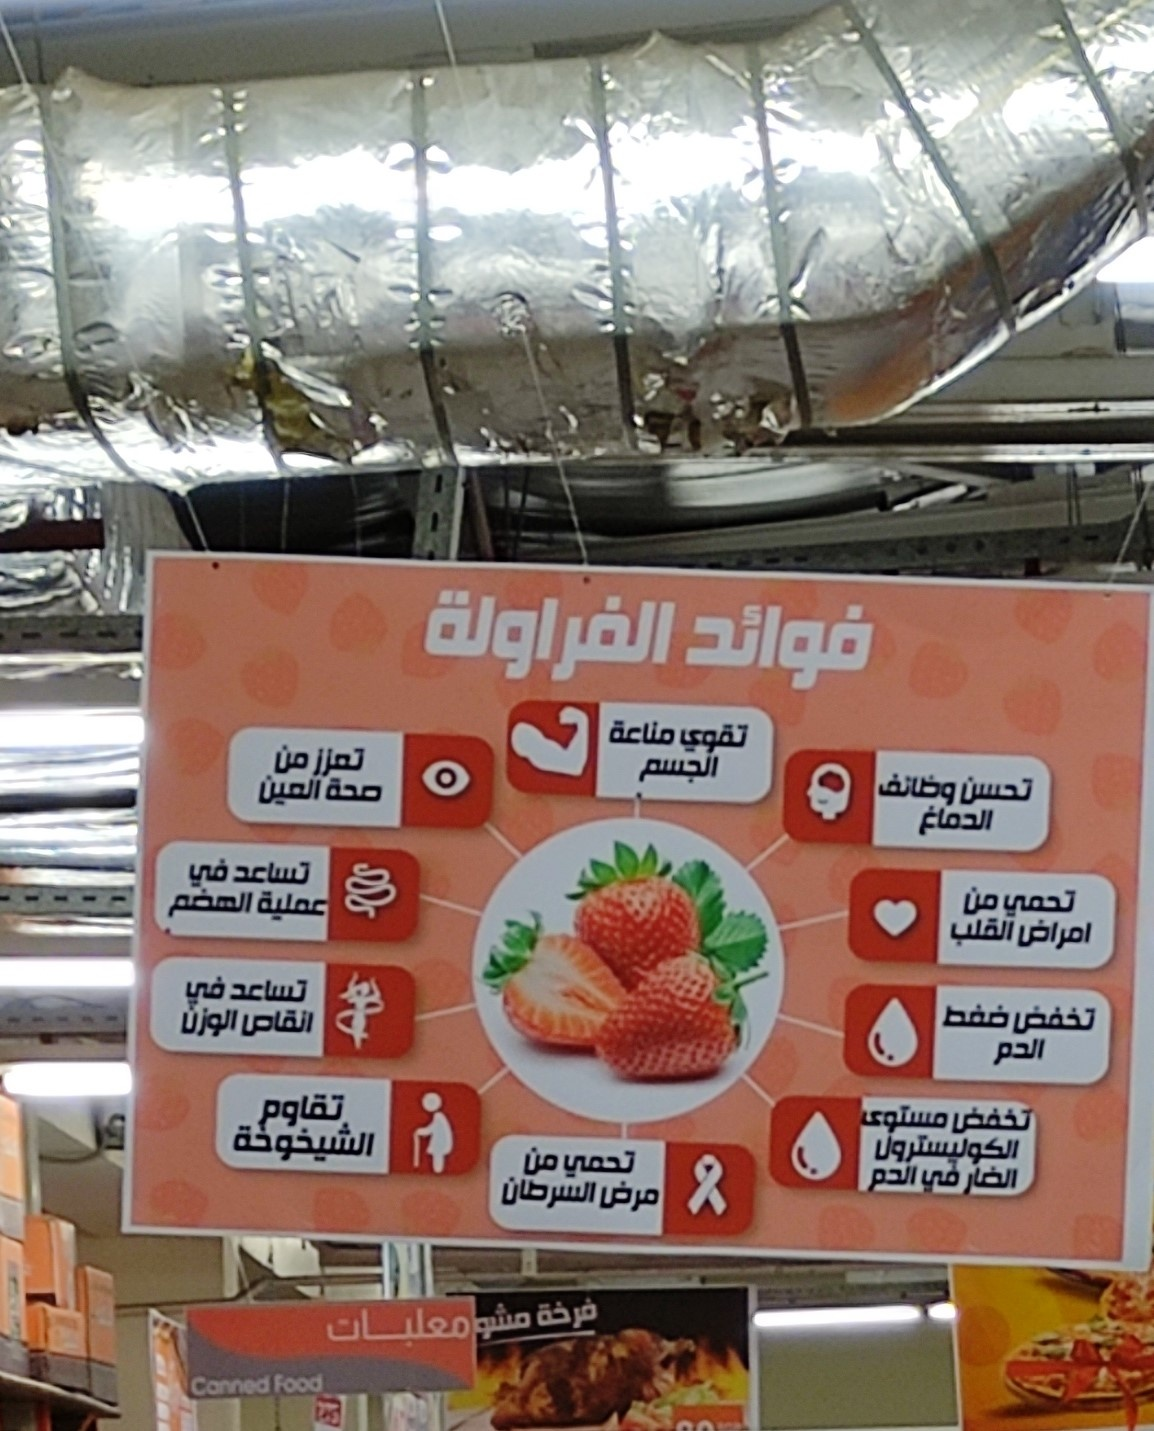
Text in image: الفراولة فوائد مناعة تقوي تعزز من الجسم وظائف تحسن العين صحة الدماغ تساعد في من تحمي الهضم عملية القلب امراض تساعد في ضغط تخفض الوزن انقاص الدم تقاوم مستوى تخفض الشيخوخة الكوليسترول من تحمي الدم في الضار السرطان مرض فرخة معلبات